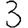
Digit: 3